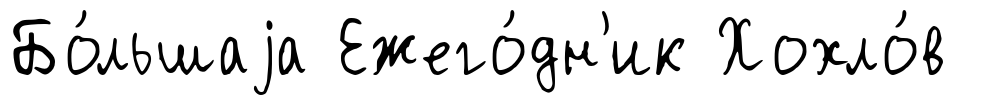
Бо́льшаjа Ежего́дн'ик Хохло́в